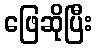
ဖြေဆိုပြီး